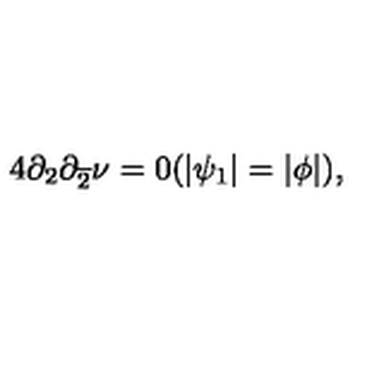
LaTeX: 4 \partial _ { 2 } \partial _ { \overline { { 2 } } } \nu = 0 ( | \psi _ { 1 } | = | \phi | ) ,